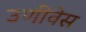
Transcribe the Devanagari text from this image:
उणीवेस